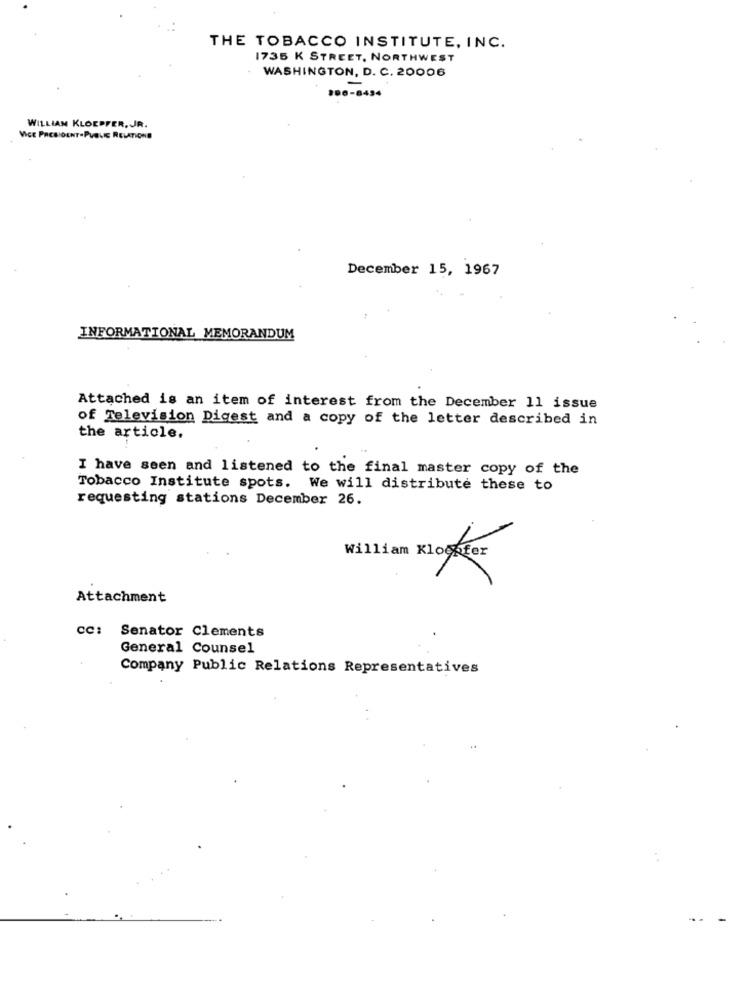
THE TOBACCO INSTITUTE, INC.
1735 K STREET, NORTHWEST
WASHINGTON, D. C. 20006
200-8434
-
WILLIAM KLOEPFER, JR.
VICE PRESIDENT.PUBLIC RELATIONS
December 15, 1967
INFORMATIONAL MEMORANDUM
Attached is an item of interest from the December 11 issue
of Television Digest and a copy of the letter described in
the article.
I have seen and listened to the final master copy of the
Tobacco Institute spots. We will distribute these to
requesting stations December 26.
William Klooster
Attachment
CC: Senator Clements
General Counsel
Company Public Relations Representatives